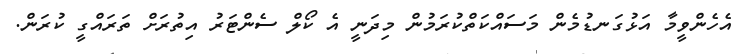
އެހެންވީމާ އަޅުގަނޑުމެން މަސައްކަތްކުރަމުން މިދަނީ އެ ކޯލް ސެންޓަރު އިތުރަށް ތަރައްގީ ކުރަން.